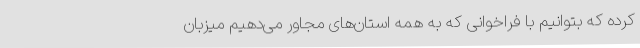
کرده که بتوانیم با فراخوانی که به همه استان‌های مجاور می‌دهیم میزبان